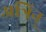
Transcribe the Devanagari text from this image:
अत्रिन्